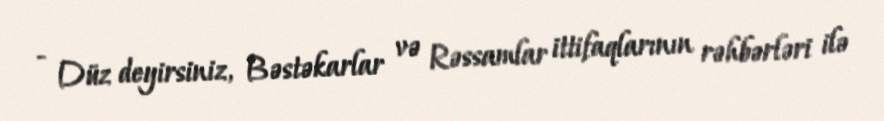
- Düz deyirsiniz, Bəstəkarlar və Rəssamlar ittifaqlarının rəhbərləri ilə